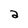
Character: a